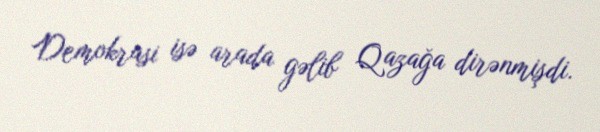
Demokrasi isə arada gəlib Qazağa dirənmişdi.